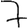
Digit: 7